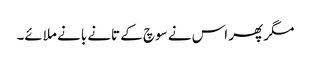
مگر پھر اس نے سوچ کے تانے بانے ملائے۔